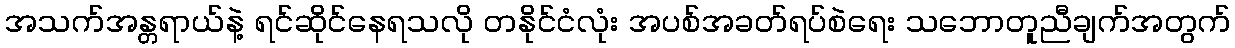
အသက်အန္တရာယ်နဲ့ ရင်ဆိုင်နေရသလို တနိုင်ငံလုံး အပစ်အခတ်ရပ်စဲရေး သဘောတူညီချက်အတွက်